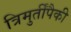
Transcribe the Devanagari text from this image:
त्रिमुर्तींपैकी